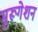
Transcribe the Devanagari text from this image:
मुरूगेशन